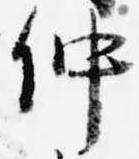
仲